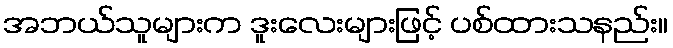
အဘယ်သူများက ဒူးလေးများဖြင့် ပစ်ထားသနည်း။